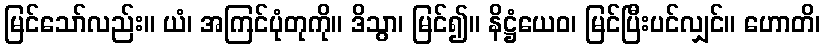
မြင်သော်လည်း။ ယံ၊ အကြင်ပုံတုကို။ ဒိသွာ၊ မြင်၍။ နိဋ္ဌံယေဝ၊ မြင်ပြီးပင်လျှင်။ ဟောတိ၊